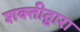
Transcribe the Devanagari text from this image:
शक्तीद्वारा